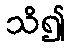
သိ၍